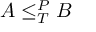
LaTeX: A \leq _ { T } ^ { P } B